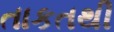
તાકતથી